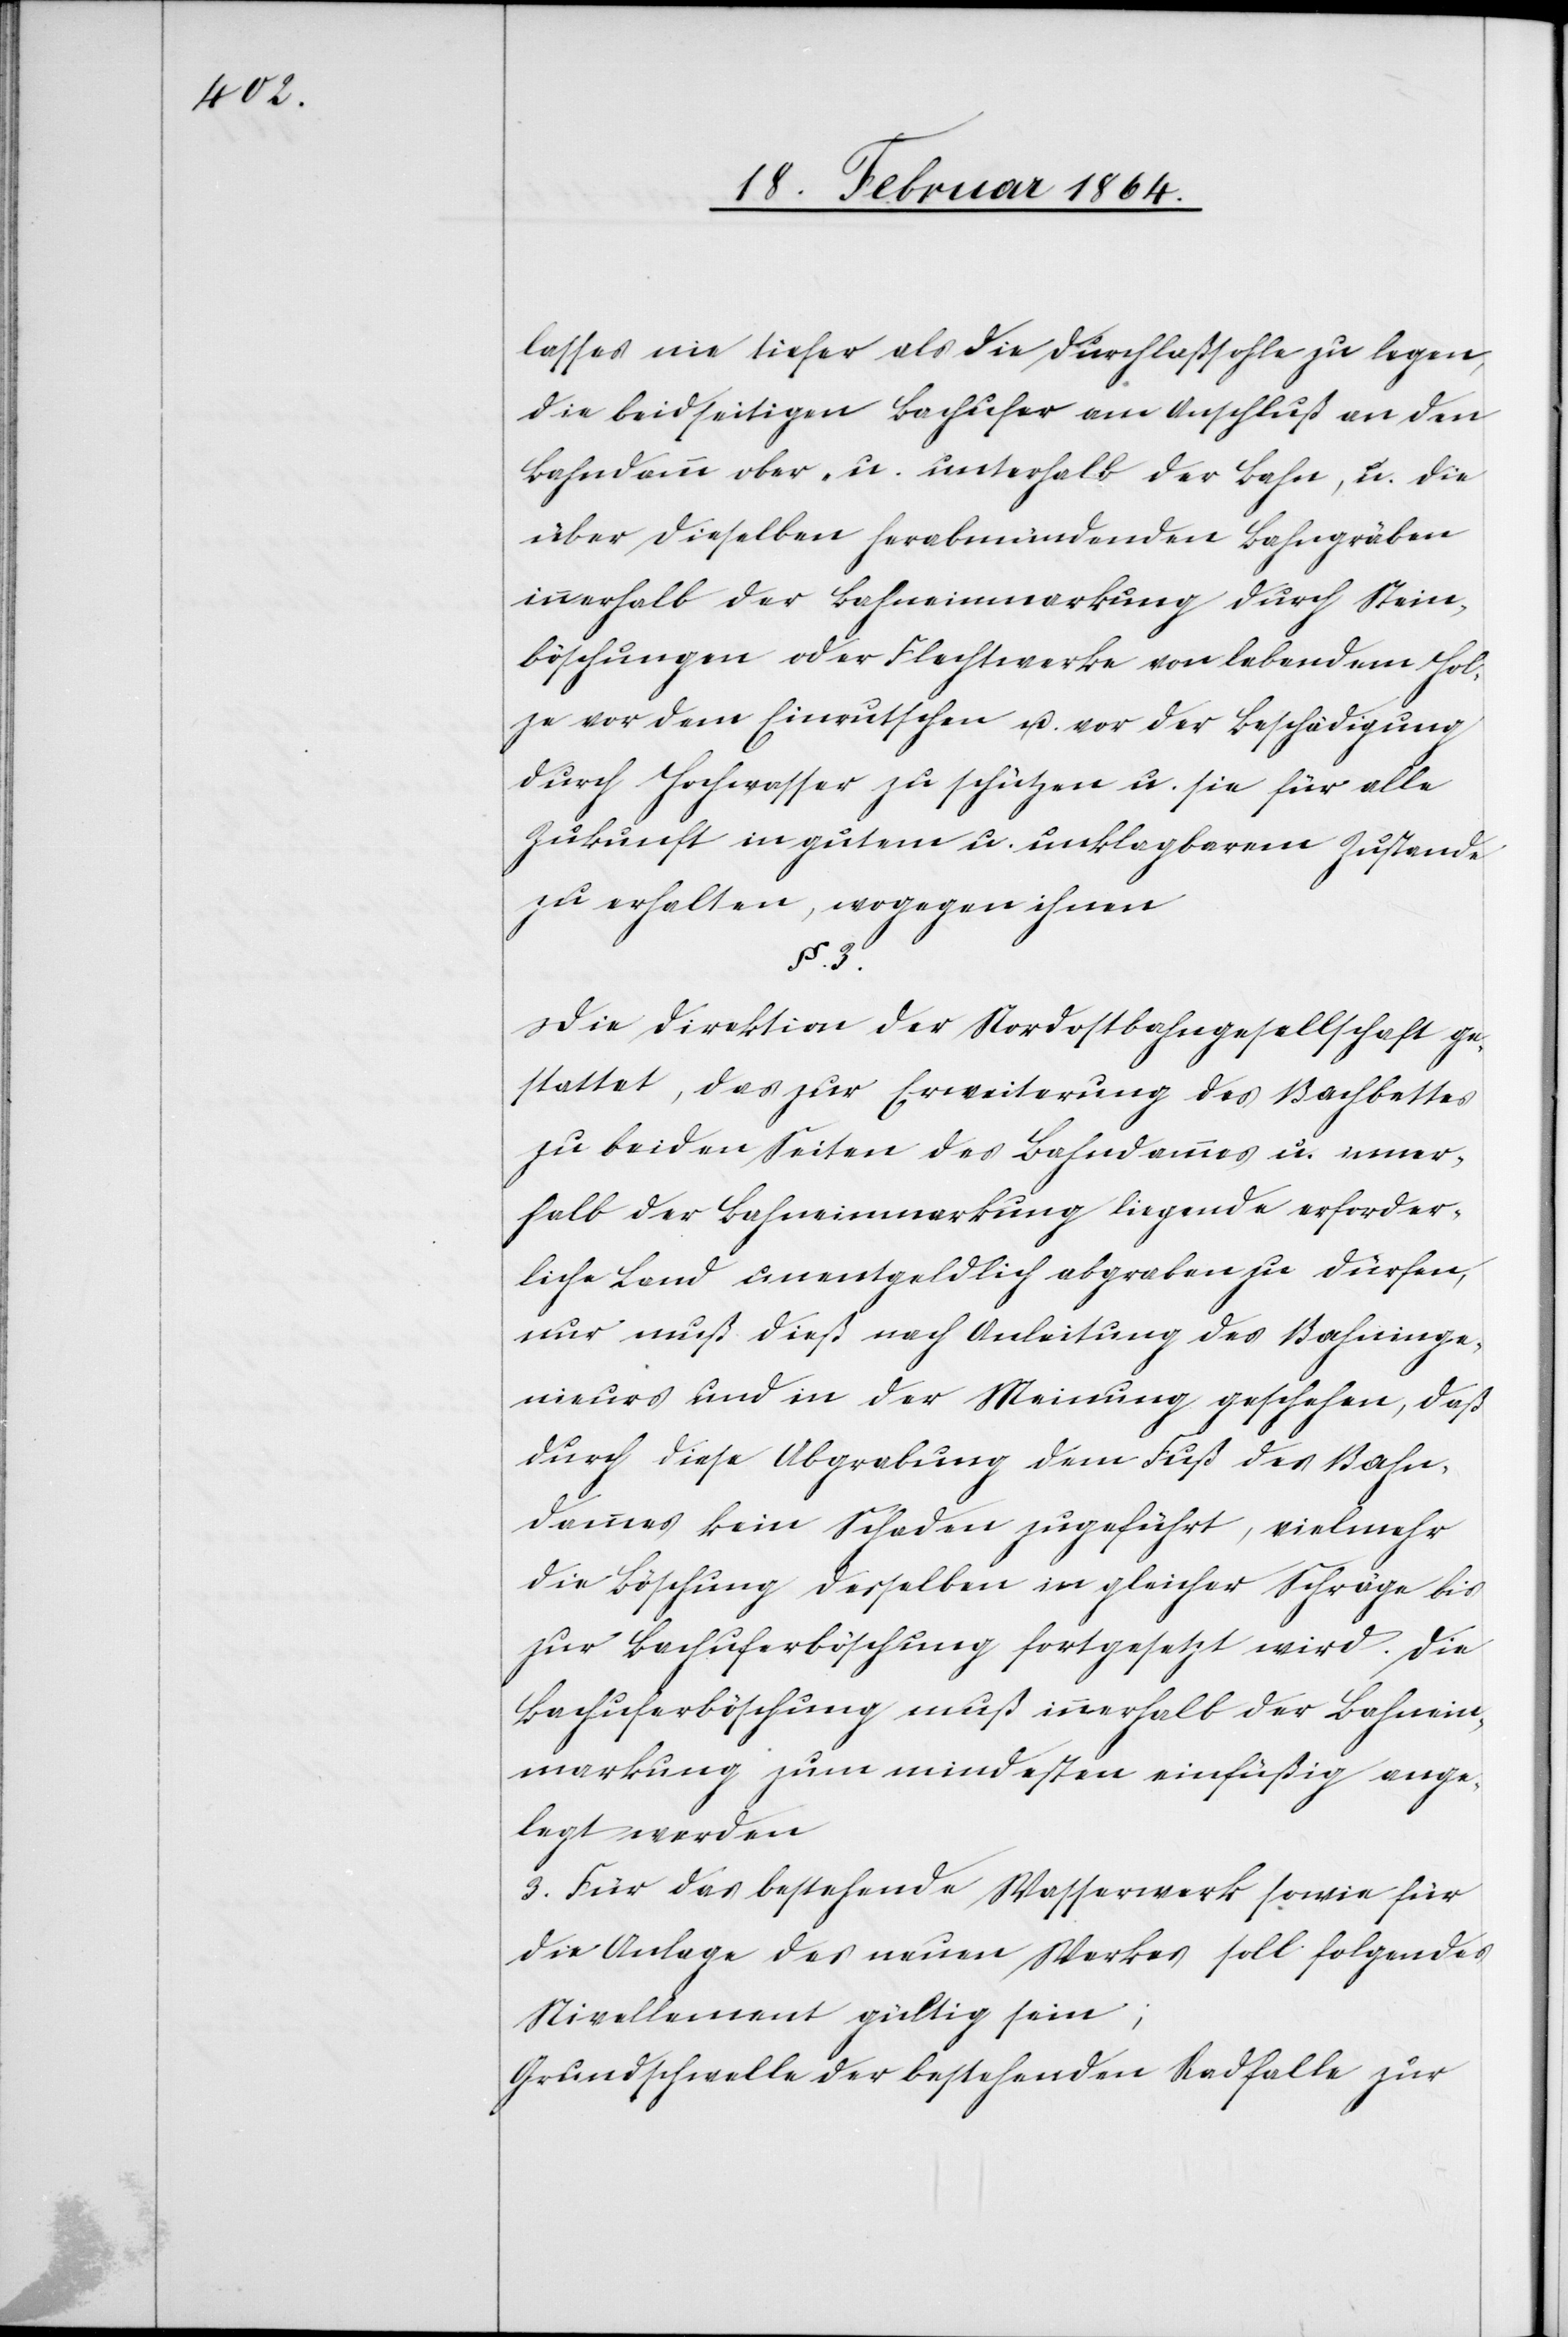
§ 3.

lasses nie tiefer als die Durchlaßsohle zu legen,
die beidseitigen Bachufer am Anschluß an den
Bahndamm ober- u. unterhalb der Bahn, u. die
über dieselben herabmündenden Bahngräben
innerhalb der Bahneinmarkung durch Stein¬
böschungen oder Flechtwerke von lebendem Hol¬
ze vor dem Einrutschen u. vor der Beschädigung
durch Hochwasser zu schützen u. sie für alle
Zukunft in gutem u. unklagbarem Zustande
zu erhalten, wogegen ihnen
Die Direktion der Nordostbahngesellschaft ge¬
stattet, das zur Erweiterung des Bachbettes
zu beiden Seiten des Bahndammes u. inner¬
halb der Bahneinmarkung liegende erforder¬
liche Land unentgeldlich abgraben zu dürfen,
nur muß dieß nach Anleitung des Bahninge¬
nieurs und in der Meinung geschehen, daß
durch diese Abgrabung dem Fuß des Bahn¬
dammes kein Schaden zugeführt, vielmehr
die Böschung desselben in gleicher Schräge bis
zur Bachuferböschung fortgesetzt wird. Die
Bachuferböschung muß innerhalb der Bahnein¬
markung zum mindesten einfüßig ange¬
legt werden.
3. Für das bestehende Wasserwerk sowie für
die Anlage des neuen Werkes soll folgendes
Nivellement gültig sein;
Grundschwelle der bestehenden Radfalle zur